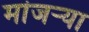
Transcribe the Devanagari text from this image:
मांजर्‍या